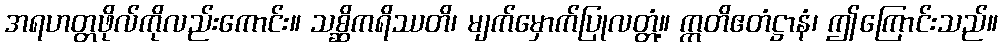
အရဟတ္တဖိုလ်ကိုလည်းကောင်း။ သစ္ဆိကရိဿတိ၊ မျက်မှောက်ပြုလတ္တံ့။ ဣတိဧတံဋ္ဌာနံ၊ ဤကြောင်းသည်။